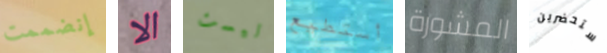
إنضممت الا ليست أستطيع المشورة ستحضرين